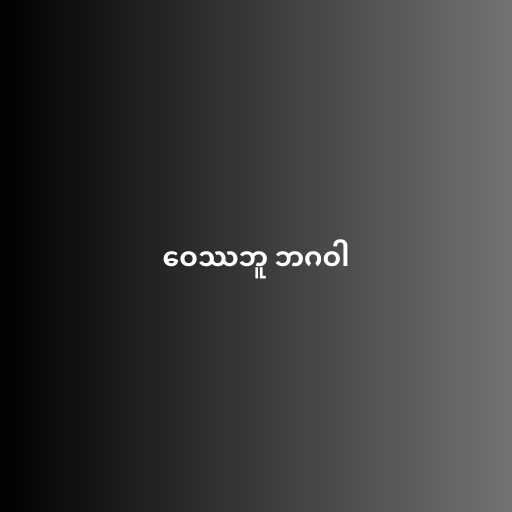
ဝေဿဘူ ဘဂဝါ